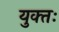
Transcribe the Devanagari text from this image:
युक्‍तः